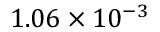
1 . 0 6 \times 1 0 ^ { - 3 }